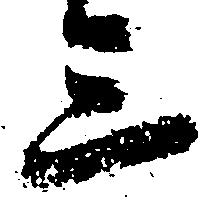
三